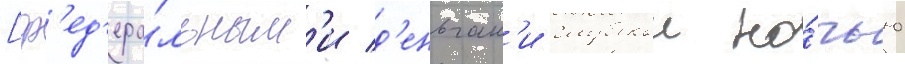
[ф'ед'ера́льным'и д'еньгам'и глубокои но́чью